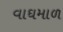
વાઘમાળ